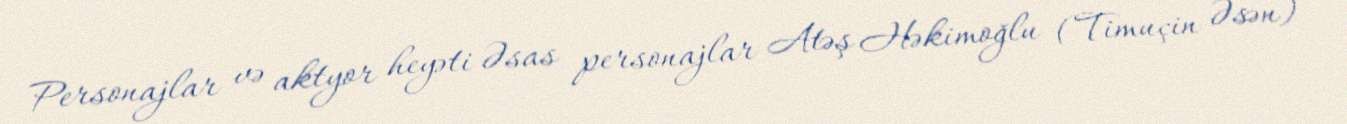
Personajlar və aktyor heyəti Əsas personajlar Atəş Həkimoğlu (Timuçin Əsən) -